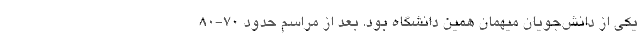
یکی از دانش‌جویان میهمان همین دانشگاه بود. بعد از مراسم حدود ۷۰-۸۰